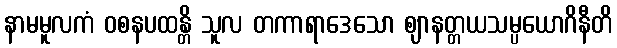
နာမမူလကံ ဝစနပထန္တိ သူလ တကာရာဒေသော ဈာနတ္တယသမ္ပယောဂိနီတိ